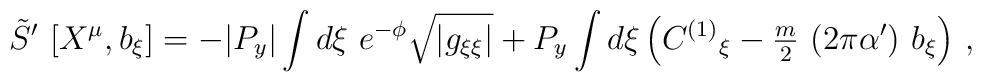
\tilde{S}^{\prime}\ [X^{\mu},b_{\xi}] =-|P_{y}| \int d\xi\ e^{-\phi} \sqrt{|g_{\xi\xi}|} +P_{y}\int d\xi \left(C^{(1)}{}_{\xi} -{\textstyle\frac{m}{2}}\ (2\pi\alpha^{\prime})\ b_{\xi}\right) \, ,